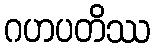
ဂဟပတိဿ